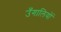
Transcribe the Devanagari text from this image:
उँगालियों